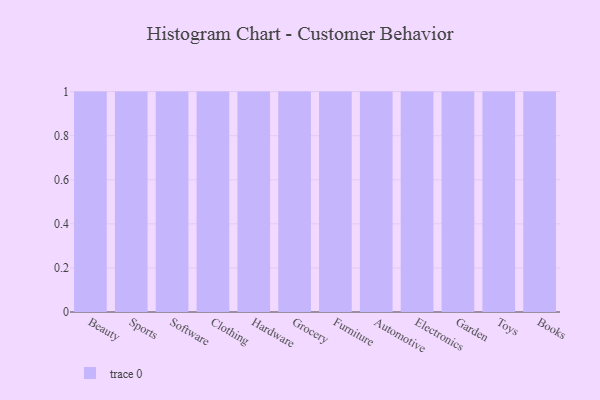
{"axis": {"x": "Category", "y": "Shipments"}, "legend": [""], "data": [{"x": "Beauty", "y": 87, "type": ""}, {"x": "Sports", "y": 68, "type": ""}, {"x": "Software", "y": 8, "type": ""}, {"x": "Clothing", "y": 56, "type": ""}, {"x": "Hardware", "y": 52, "type": ""}, {"x": "Grocery", "y": 76, "type": ""}, {"x": "Furniture", "y": 53, "type": ""}, {"x": "Automotive", "y": 17, "type": ""}, {"x": "Electronics", "y": 96, "type": ""}, {"x": "Garden", "y": 50, "type": ""}, {"x": "Toys", "y": 80, "type": ""}, {"x": "Books", "y": 85, "type": ""}]}